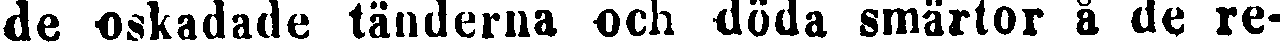
de oskadade tänderna och döda smärtor å de re-